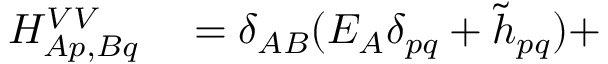
\begin{array} { r l } { H _ { A p , B q } ^ { V V } } & { { } = \delta _ { A B } ( E _ { A } \delta _ { p q } + \tilde { h } _ { p q } ) + } \end{array}